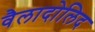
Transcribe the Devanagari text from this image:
वैलादोलिद